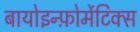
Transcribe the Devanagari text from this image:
बायोइन्फ़ोर्मेटिक्स